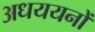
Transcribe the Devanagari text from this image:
अधययनों